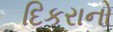
દિકરાનો